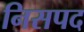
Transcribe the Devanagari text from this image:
निसपद